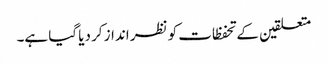
متعلقین کے تحفظات کو نظر انداز کر دیا گیا ہے۔